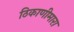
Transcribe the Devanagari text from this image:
ठिकाणीमारा